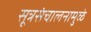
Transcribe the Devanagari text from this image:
सूत्रसंचालनामुळे